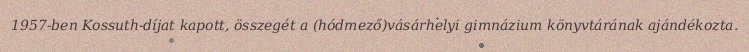
1957-ben Kossuth-díjat kapott, összegét a (hódmező)vásárhelyi gimnázium könyvtárának ajándékozta.